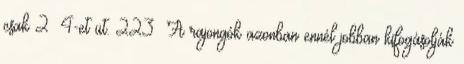
csak 2 4-et üt. 223 A rajongók azonban ennél jobban kifogásolják